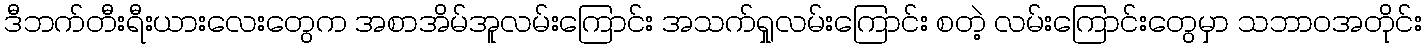
ဒီဘက်တီးရီးယားလေးတွေက အစာအိမ်အူလမ်းကြောင်း အသက်ရှုလမ်းကြောင်း စတဲ့ လမ်းကြောင်းတွေမှာ သဘာဝအတိုင်း